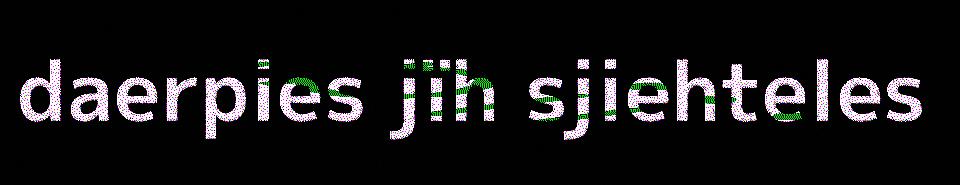
daerpies jïh sjiehteles